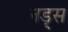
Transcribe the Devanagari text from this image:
नड़्स